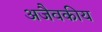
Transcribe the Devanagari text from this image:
अजैवकीय